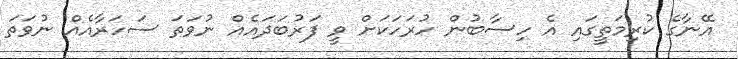
އޭނާގެ ކުރިމަތީގައި އެ ހިސާބުން ހުރަހަކަށް ވީ ފަރުބަދައެއް ނުވަތަ ސަހަރާއެއް ނުވަތަ